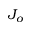
J _ { o }